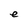
Character: e